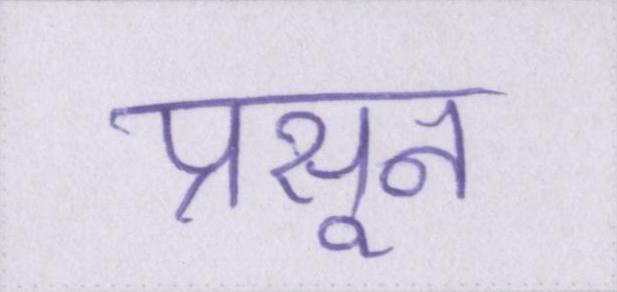
प्रसून